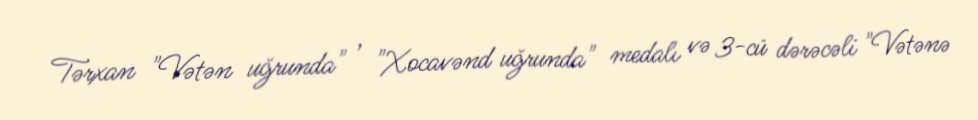
Tərxan "Vətən uğrunda" , "Xocavənd uğrunda" medalı və 3-cü dərəcəli "Vətənə